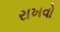
રાખવો